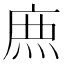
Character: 𮭱